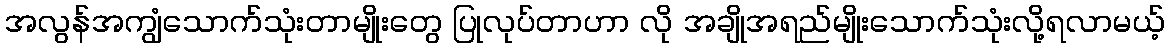
အလွန်အကျွံသောက်သုံးတာမျိုးတွေ ပြုလုပ်တာဟာ လို အချိုအရည်မျိုးသောက်သုံးလို့ရလာမယ့်